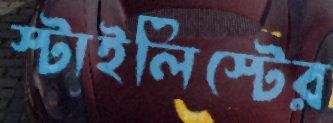
স্টাইলিস্টের